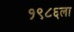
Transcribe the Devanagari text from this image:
१९८६ला